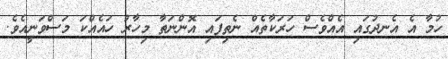
ހުމާ އެ އެނދުގައި އެއްވެސް ހަރަކާތެއް ނެތިފައި އޮންނަތާ މިހާރު ހައެއްކަ މަސްވަނީއެވެ.